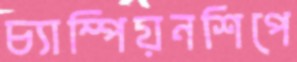
চ্যাম্পিয়নশিপে